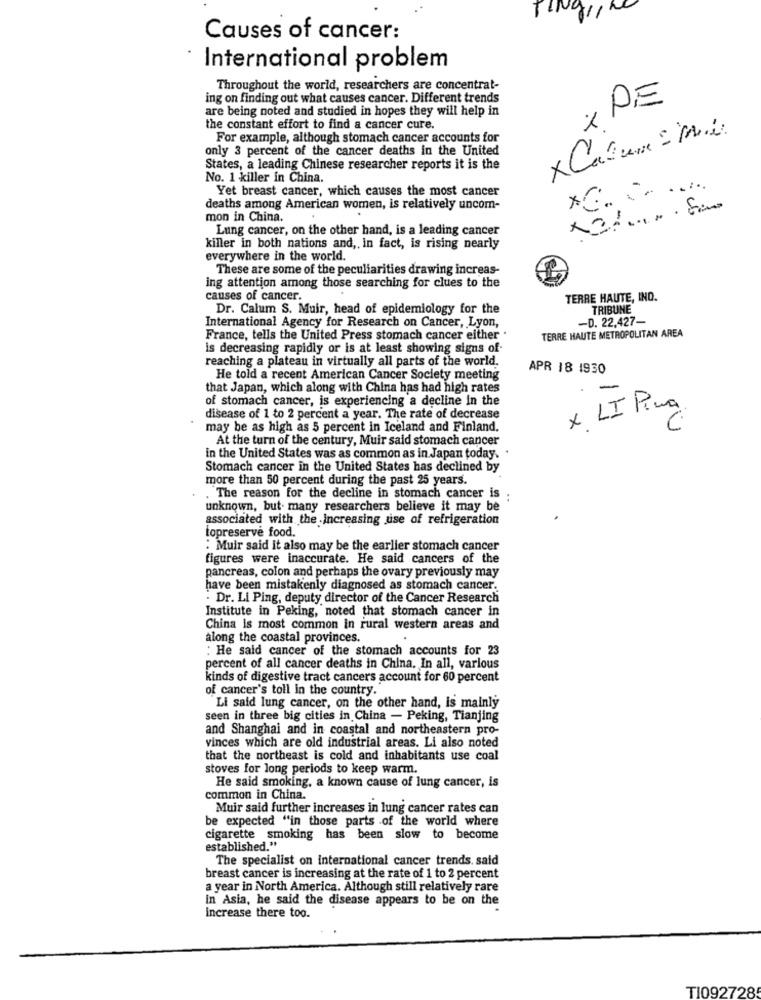
TINGHI
Causes of cancer:
International problem
Throughout the world, researchers are concentrat-
ing on finding out what causes cancer. Different trends
PE
are being noted and studied in hopes they will help in
the constant effort to find a cancer cure.
X Cadure = Moi.
×
For example, although stomach cancer accounts for
only 3 percent of the cancer deaths in the United
States, a leading Chinese researcher reports it is the
No. 1 killer in China.
Yet breast cancer, which causes the most cancer
1
deaths among American women, is relatively uncom-
mon in China.
Lung cancer, on the other hand, is a leading cancer
killer in both nations and ,, in fact, is rising nearly
everywhere in the world.
These are some of the peculiarities drawing increas-
ing attention among those searching for clues to the
causes of cancer.
TERRE HAUTE, IND.
Dr. Calum S. Muir, head of epidemiology for the
TRIBUNE
-D. 22,427-
International Agency for Research on Cancer, Lyon,
TERRE HAUTE METROPOLITAN AREA
France, tells the United Press stomach cancer either .
is decreasing rapidly or is at least showing signs of-
reaching a plateau in virtually all parts of the world.
APR 18 1930
He told a recent American Cancer Society meeting
that Japan, which along with China has had high rates
of stomach cancer, is experiencing a decline in the
x LI Ping
disease of 1 to 2 percent a year. The rate of decrease
may be as high as 5 percent in Iceland and Finland.
At the turn of the century, Muir said stomach cancer
in the United States was as common as in Japan today. .
Stomach cancer in the United States has declined by
more than 50 percent during the past 25 years.
. The reason for the decline in stomach cancer is ;
unknown, but- many researchers believe it may be
associated with the increasing use of refrigeration
topreserve food.
: Muir said it also may be the earlier stomach cancer
figures were inaccurate. He said cancers of the
pancreas, colon and perhaps the ovary previously may
have been mistakenly diagnosed as stomach cancer.
: Dr. Li Ping, deputy director of the Cancer Research
Institute in Peking, noted that stomach cancer in
China is most common in rural western areas and
along the coastal provinces.
: He said cancer of the stomach accounts for 23
percent of all cancer deaths in China. In all, various
kinds of digestive tract cancers account for 60 percent
of cancer's toll in the country.
`Li said lung cancer, on the other hand, is mainly
seen in three big cities in China - Peking, Tianjing
and Shanghai and in coastal and northeastern pro-
vinces which are old industrial areas. Li also noted
that the northeast is cold and inhabitants use coal
stoves for long periods to keep warm.
He said smoking, a known cause of lung cancer, is
common in China.
Muir said further increases in lung cancer rates can
be expected "in those parts of the world where
cigarette smoking has been slow to become
established."
The specialist on international cancer trends. said
breast cancer is increasing at the rate of 1 to 2 percent
a year in North America. Although still relatively rare
In Asia, he said the disease appears to be on the
increase there too.
TI092728